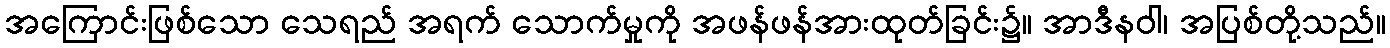
အကြောင်းဖြစ်သော သေရည် အရက် သောက်မှုကို အဖန်ဖန်အားထုတ်ခြင်း၌။ အာဒီနဝါ၊ အပြစ်တို့သည်။